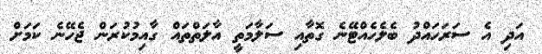
އަދި އެ ސަރަހައްދު ބެލެހެއްޓޭނެ ގޮތާއި ސަލާމަތީ އާލަތްތައް ގާއިމުކުރަން ޖެހޭނެ ކަމަށް